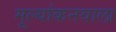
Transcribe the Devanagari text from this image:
मूल्यांकनवाला